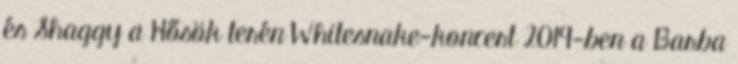
és Shaggy a Hősök terén Whitesnake-koncert 2019-ben a Barba